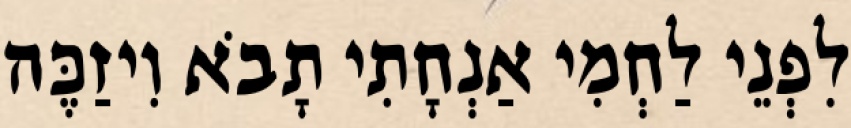
לִפְנֵי לַחְמִי אַנְחָתִי תָבֹא וִיזַכֶּה